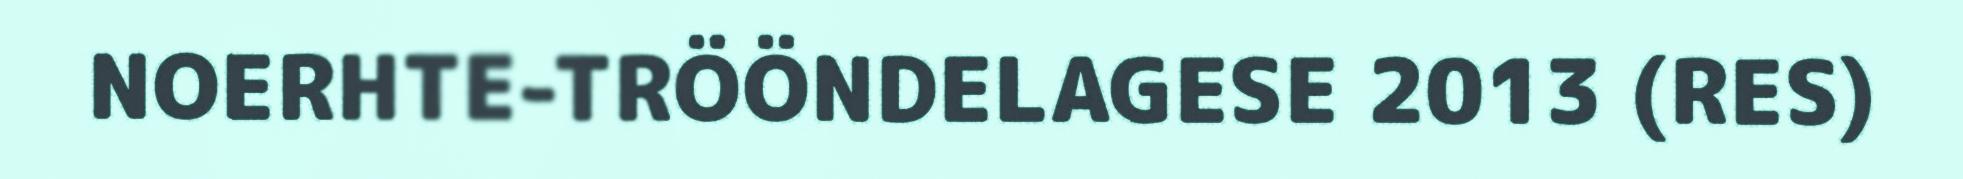
NOERHTE-TRÖÖNDELAGESE 2013 (RES)